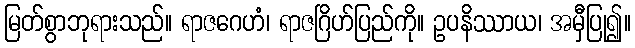
မြတ်စွာဘုရားသည်။ ရာဇဂေဟံ၊ ရာဇဂြိဟ်ပြည်ကို။ ဥပနိဿာယ၊ အမှီပြု၍။